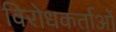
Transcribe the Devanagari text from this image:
विरोधकर्ताओं